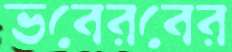
ভবেরবের